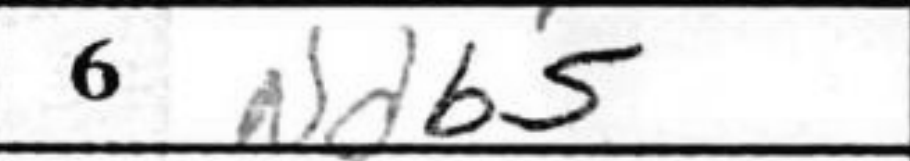
Transcription: Ndb5